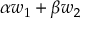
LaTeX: \alpha w _ { 1 } + \beta w _ { 2 }